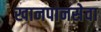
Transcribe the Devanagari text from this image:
खानपानसेवा